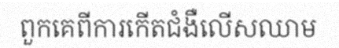
ពួកគេពីការកើតជំងឺលើសឈាម